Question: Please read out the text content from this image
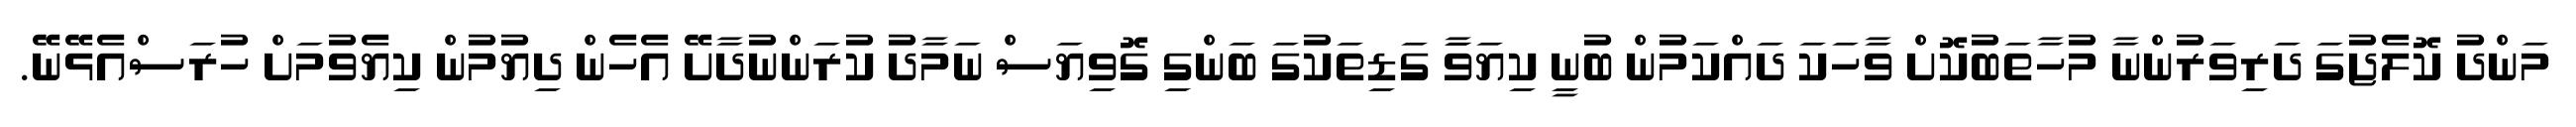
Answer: މަންދު ކޮލެޖުގަ ދަރިވަރުންނާ މުހާތަބުކޮށް ވާހަކަ ދައްކަމުން ބުނީ ކިޔަވަާ ގަޑިތަކުގަ ބަންގި ގޮވިޔަސް ނަމާދު ކުރަންނުދާށޭ އެހެން ދިޔުމުން ކިޔެވުމަށް ހުރަސްއެޅޭނޭ.